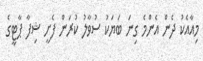
މިއާއެކު ދެން އެންމެ ގިނަ ބަޔަކު ސުވާލު ކުރަން ފެށީ ޝިފާ ޕާޓީގެ